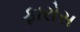
ફારોસ